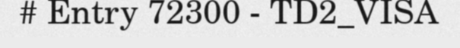
# Entry 72300 - TD2_VISA